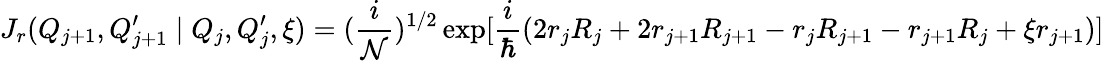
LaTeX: J_{r}(Q_{j+1},Q_{j+1}^{\prime}\mid Q_{j},Q_{j}^{\prime},\xi)=(\frac{i}{\cal N})^{1/2}\exp[\frac{i}{\hbar}(2r_{j}R_{j}+2r_{j+1}R_{j+1}-r_{j}R_{j+1}-r_{j+1}R_{j}+\xi r_{j+1})]